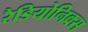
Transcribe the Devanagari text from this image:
रैडियोनिक्स